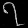
Digit: ၇